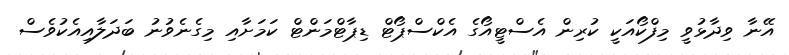
އޭނާ ވިދާޅުވީ މިފްކޯއަކީ ކުރިން އެސްޓީއޯގެ އެކްސްޕޯޓް ޑިޕާޓްމަންޓް ކަމަށާއި މިގެނެވުނު ބަދަލާއިއެކުވެސް